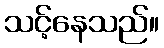
သင့်နေသည်။